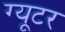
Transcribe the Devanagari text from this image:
ग्यूटर